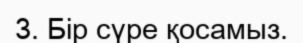
3. Бір сүре қосамыз.